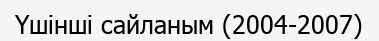
Үшінші сайланым (2004-2007)